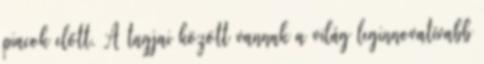
piacok előtt. A tagjai között vannak a világ leginnovatívabb